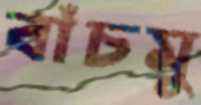
বাঁচমু